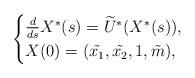
LaTeX: \begin{align*}\begin{cases}\frac{d}{ds}X^*(s)=\widetilde{U}^*( X^*(s)) , \\X(0)=(\tilde{x_1}, \tilde{x_2},1, \tilde{m}) ,\end{cases}\end{align*}